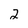
Character: 2